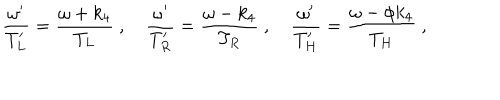
LaTeX: { \frac { \omega ^ { \prime } } { T _ { L } ^ { \prime } } } = { \frac { \omega + k _ { 4 } } { T _ { L } } } \ , \quad { \frac { \omega ^ { \prime } } { T _ { R } ^ { \prime } } } = { \frac { \omega - k _ { 4 } } { T _ { R } } } \ , \quad { \frac { \omega ^ { \prime } } { T _ { H } ^ { \prime } } } = { \frac { \omega - \phi k _ { 4 } } { T _ { H } } } \ ,